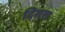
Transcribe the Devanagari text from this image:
दिमस